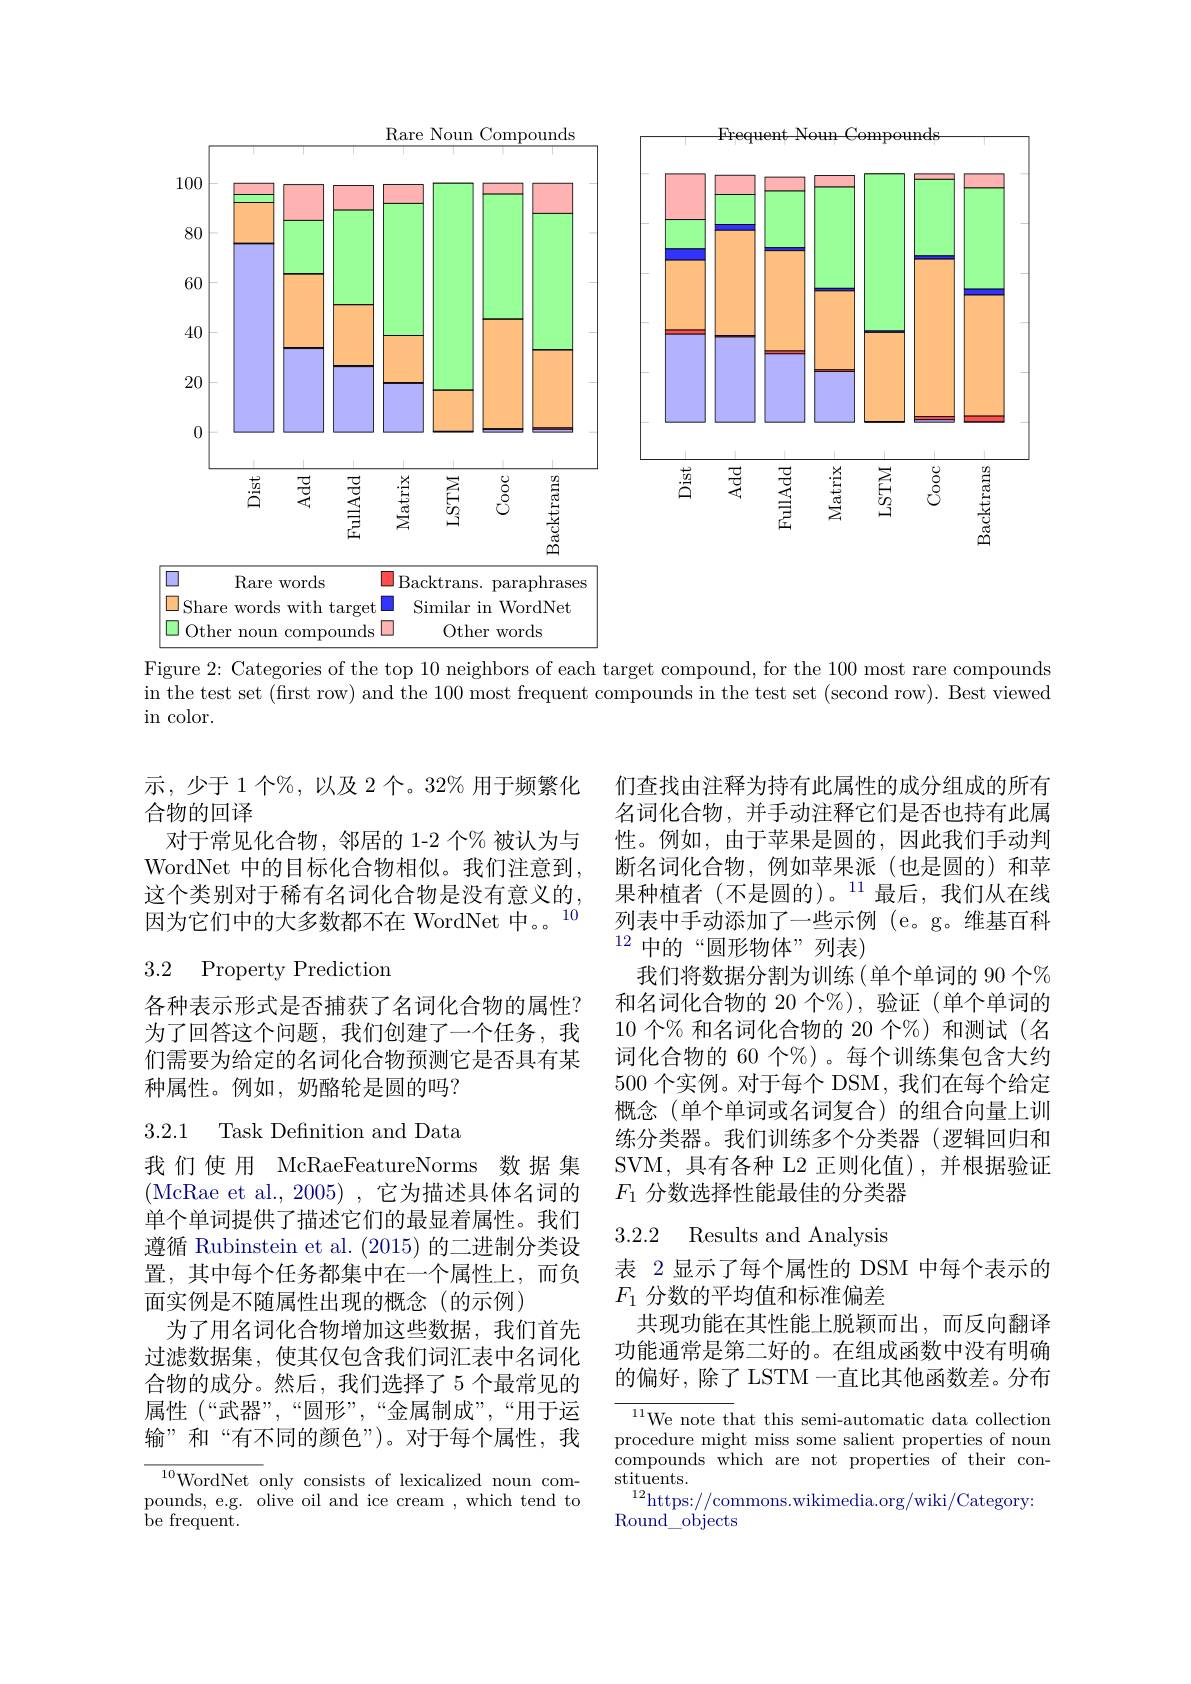
<FigureHere>
Figure 2: Categories of the top 10 neighbors of each target compound, for the 100 most rare compounds

in the test set (first row) and the 100 most frequent compounds in the test set (second row). Best viewed

$\operatorname{in}$ color.

示，少于1个%,以及2个。32%用于频繁化
合物的回译
对于常见化合物，邻居的 1-2 个% 被认为与WordNet 中的目标化合物相似。我们注意到， 这个类别对于稀有名词化合物是没有意义的， 因为它们中的大多数都不在 WordNet 中。。10

### 3.2 Property Prediction

各种表示形式是否捕获了名词化合物的属性？ 为了回答这个问题，我们创建了一个任务，我们需要为给定的名词化合物预测它是否具有某种属性。例如，奶酪轮是圆的吗？

3.2.1 Task Definition and Data

我们使用 McRaeFeatureNorms 数据集(McRae et al.,2005),它为描述具体名词的单个单词提供了描述它们的最显着属性。我们遵循 Rubinstein et al. (2015)的二进制分类设置，其中每个任务都集中在一个属性上，而负面实例是不随属性出现的概念(的示例)
为了用名词化合物增加这些数据，我们首先过滤数据集，使其仅包含我们词汇表中名词化合物的成分。然后，我们选择了 5 个最常见的属性(“武器”,“圆形”,“金属制成”,“用于运输”和“有不同的颜色”)。对于每个属性，我

${\frac{^{10}\mathrm{WordNet~only~consists~of~lexicalized~noun~com-}}}$ pounds, e.g. olive oil and ice cream , which tend to ${\overset{.}{\operatorname*{\operatorname*{be}}}}{\operatorname*{frequent}}.$

们查找由注释为持有此属性的成分组成的所有名词化合物，并手动注释它们是否也持有此属性。例如，由于苹果是圆的，因此我们手动判断名词化合物，例如苹果派(也是圆的)和苹果种植者(不是圆的)。$^{11}$最后，我们从在线列表中手动添加了一些示例(e。g。维基百科$^{12}$中的“圆形物体”列表)
我们将数据分割为训练(单个单词的 90 个% 和名词化合物的 20 个%),验证(单个单词的10个% 和名词化合物的 20 个%)和测试(名词化合物的 60 个%)。每个训练集包含大约500个实例。对于每个 DSM, 我们在每个给定概念(单个单词或名词复合)的组合向量上训练分类器。我们训练多个分类器(逻辑回归和SVM,具有各种 L2 正则化值),并根据验证$F_1$分数选择性能最佳的分类器

## 3.2.2 Results and Analysis

表 2 显示了每个属性的 DSM 中每个表示的
$F_1$分数的平均值和标准偏差
共现功能在其性能上脱颖而出，而反向翻译功能通常是第二好的。在组成函数中没有明确的偏好，除了 LSTM 一直比其他函数差。分布

${\frac{^{11}\mathrm{We~note~that~this~semi-automatic~data~collection}}{^{11}\mathrm{We~note~that~this~semi-automatic~data~collection}}}$ procedure might miss some salient properties of noun compounds which are not properties of their constituents.
$^{12}$https://commons.wikimedia.org/wiki/Category:
Round\_objects